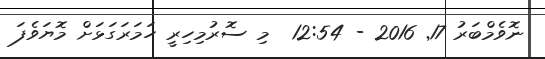
ނޮވެމްބަރު 17